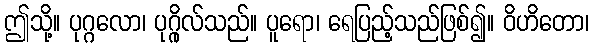
ဤသို့။ ပုဂ္ဂလော၊ ပုဂ္ဂိုလ်သည်။ ပူရော၊ ရေပြည့်သည်ဖြစ်၍။ ဝိဟိတော၊